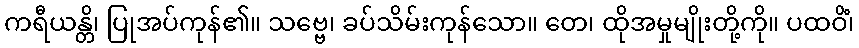
ကရီယန္တိ၊ ပြုအပ်ကုန်၏။ သဗ္ဗေ၊ ခပ်သိမ်းကုန်သော။ တေ၊ ထိုအမှုမျိုးတို့ကို။ ပထဝိံ၊